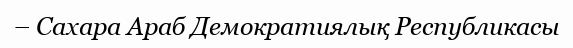
– Сахара Араб Демократиялық Республикасы